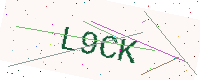
Text: L9CK